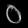
Digit: ၀